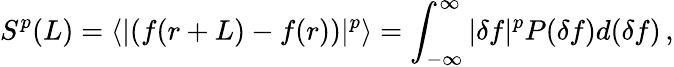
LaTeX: S^{p}(L)=\langle|(f(r+L)-f(r))|^{p}\rangle=\int_{-\infty}^{\infty}|\delta f|^{p}P(\delta f)d(\delta f)\, ,